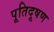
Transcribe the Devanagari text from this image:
पूतिदूषण